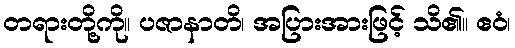
တရားတို့ကို။ ပဇာနာတိ၊ အပြားအားဖြင့် သိ၏။ ဧဝံ၊